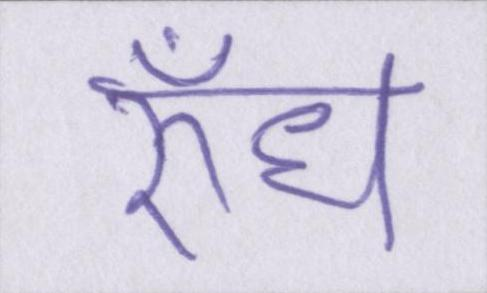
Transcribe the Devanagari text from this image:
रुँध